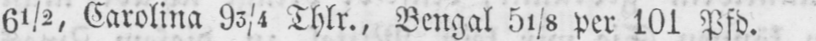
6½, Carolina 93/4 Thlr., Bengal 51/8 per 101 Pfd.